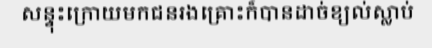
សន្ទុះក្រោយមកជនរងគ្រោះក៏បានដាច់ខ្យល់ស្លាប់